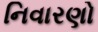
નિવારણો